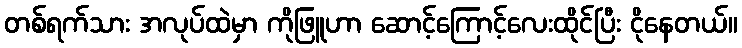
တစ်ရက်သား အလုပ်ထဲမှာ ကိုဖြူဟာ ဆောင့်ကြောင့်လေးထိုင်ပြီး ငိုနေတယ်။